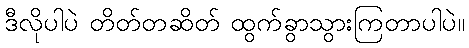
ဒီလိုပါပဲ တိတ်တဆိတ် ထွက်ခွာသွားကြတာပါပဲ။